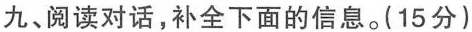
九、阅读对话,补全下面的信息.(15分)